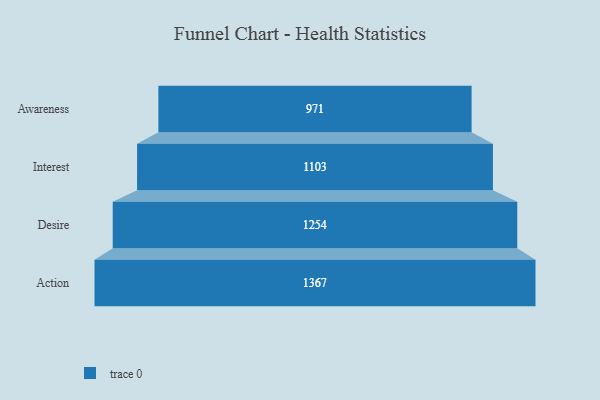
{"axis": {"x": "Stage", "y": "Value"}, "legend": [""], "data": [{"x": "Awareness", "y": 971.0, "type": ""}, {"x": "Interest", "y": 1103.0, "type": ""}, {"x": "Desire", "y": 1254.0, "type": ""}, {"x": "Action", "y": 1367.0, "type": ""}]}